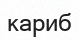
кариб